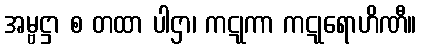
အမ္ဗဋ္ဌာ စ တထာ ပါဌာ၊ ကဋုကာ ကဋုရောဟိဏီ။